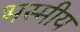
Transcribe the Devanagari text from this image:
भस्मीय